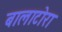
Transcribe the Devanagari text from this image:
बालाटोरा